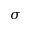
\sigma